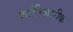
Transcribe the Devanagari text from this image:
क्रांतिकारीक